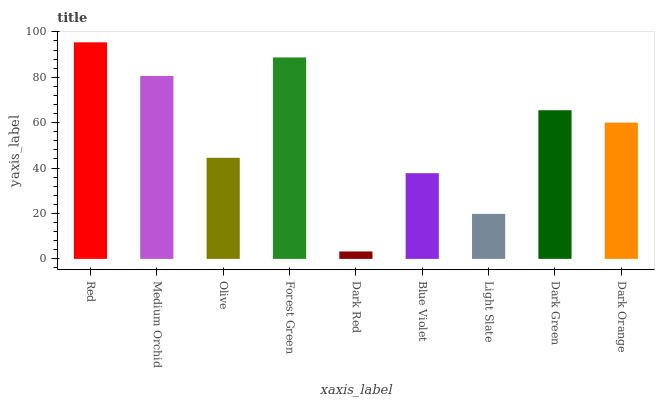
| xaxis_label | bars |
 | --- | --- |
 | Red | 95.4 |
 | Medium Orchid | 80.6 |
 | Olive | 44.5 |
 | Forest Green | 88.7 |
 | Dark Red | 3.27 |
 | Blue Violet | 37.7 |
 | Light Slate | 19.8 |
 | Dark Green | 65.5 |
 | Dark Orange | 60 |